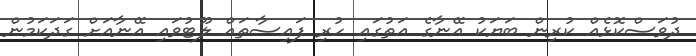
ދުވަސްކޮޅެއް ކުރިން ބަޔަކު އޭނާގެ އަތުގައި ހުރި ފައިސާތައް ލޫޓުވައި އޭނާއަށް ގަދަކަމުން